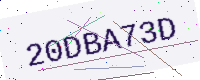
Text: 20DBA73D